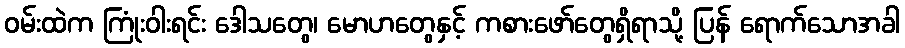
ဝမ်းထဲက ကြုံးဝါးရင်း ဒေါသတွေ၊ မောဟတွေနှင့် ကစားဖော်တွေရှိရာသို့ ပြန် ရောက်သောအခါ